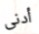
أدنى